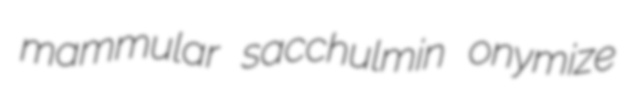
mammular sacchulmin onymize